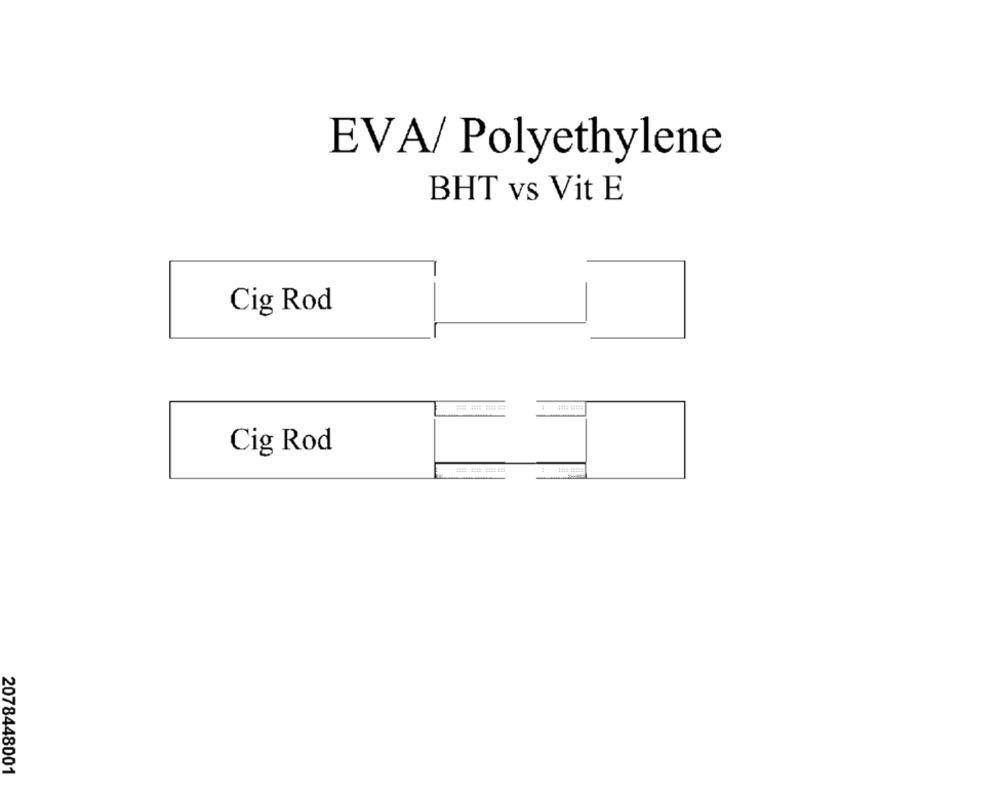
EVA/ Polyethylene
BHT vs Vit E
Cig Rod
Cig Rod
2078448001